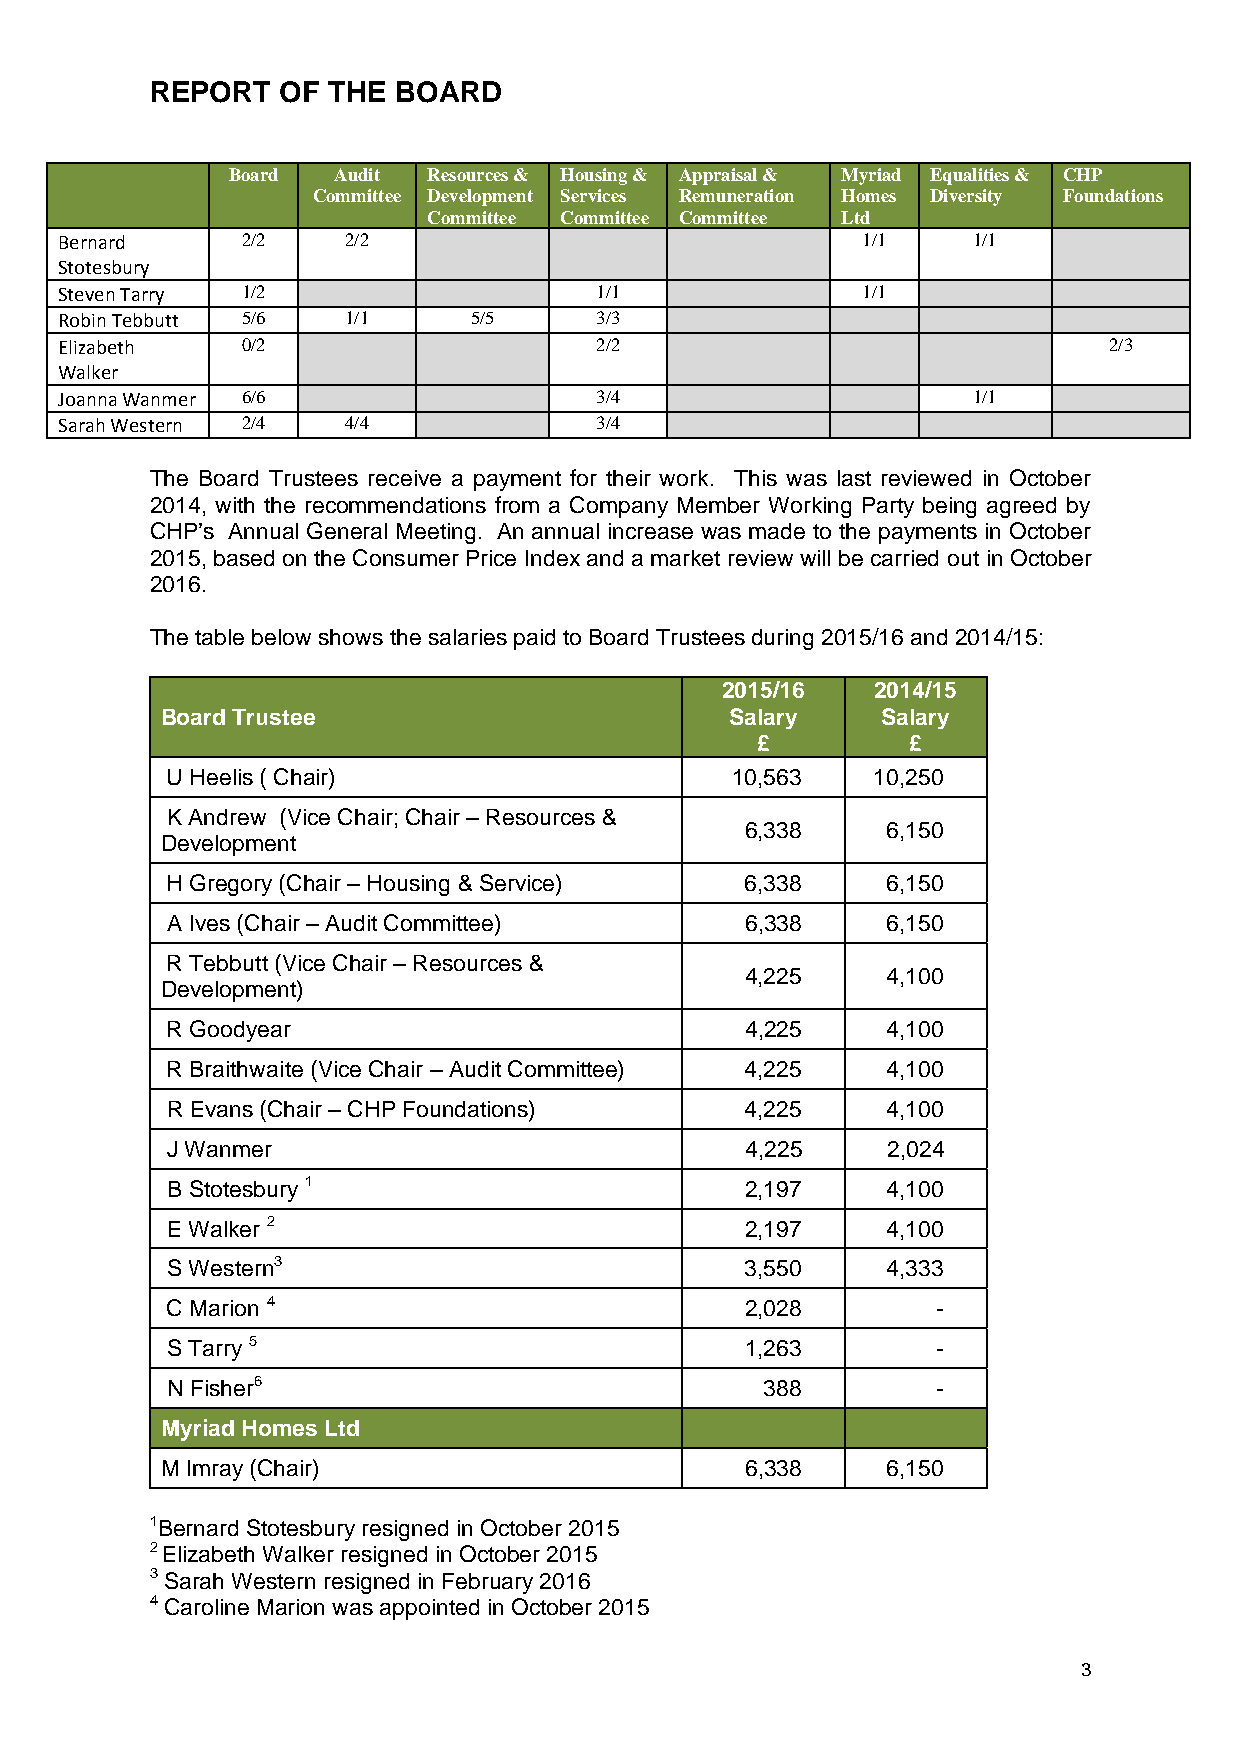
REPORT   OF THE BOARD
 Board  Audit Resources & Housing & Appraisal & Myriad Equalities & CHP
 Committee Development Services Remuneration Homes Diversity Foundations
 Committee Committee Committee Ltd
 Bernard     2/2    2/2                               1/1    1/1
 Stotesbury
 Steven Tarry 1/2                   1/1               1/1
 Robin Tebbutt 5/6  1/1     5/5     3/3
 Elizabeth   0/2                    2/2                               2/3
 Walker
 Joanna Wanmer 6/6                  3/4                      1/1
 Sarah Western 2/4  4/4             3/4
 The Board Trustees receive a payment for their work. This was last reviewed in October
 2014, with the recommendations from a Company Member Working Party being agreed by
 CHP’s Annual General Meeting. An annual increase was made to the payments in October
 2015, based on the Consumer Price Index and a market review will be carried out in October
 2016.
 The table below shows the salaries paid to Board Trustees during 2015/16 and 2014/15:
 2015/16   2014/15
 Board Trustee                        Salary    Salary
 £         £
 U Heelis ( Chair)                    10,563    10,250
 K Andrew (Vice Chair; Chair – Resources &
 6,338     6,150
 Development
 H Gregory (Chair – Housing & Service) 6,338     6,150
 A Ives (Chair – Audit Committee)      6,338     6,150
 R Tebbutt (Vice Chair – Resources &
 4,225     4,100
 Development)
 R Goodyear                            4,225     4,100
 R Braithwaite (Vice Chair – Audit Committee) 4,225 4,100
 R Evans (Chair – CHP Foundations)     4,225     4,100
 J Wanmer                              4,225     2,024
 B Stotesbury 1                        2,197     4,100
 E Walker 2                            2,197     4,100
 S Western3                            3,550     4,333
 C Marion 4                            2,028        -
 S Tarry 5                             1,263        -
 N Fisher6                               388        -
 Myriad Homes Ltd
 M Imray (Chair)                       6,338     6,150
 1Bernard Stotesbury resigned in October 2015
 2 Elizabeth Walker resigned in October 2015
 3 Sarah Western resigned in February 2016
 4 Caroline Marion was appointed in October 2015
 3